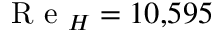
\mathrm { ~ R ~ e ~ } _ { H } = 1 0 { , } 5 9 5